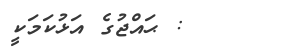
: ޙައްޖުގެ އަޅުކަމަކީ